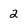
Character: 2